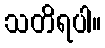
သတိရပါ။